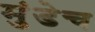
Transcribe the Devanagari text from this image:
मुंडेच